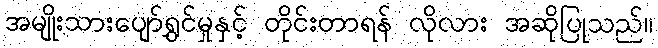
အမျိုးသားပျော်ရွှင်မှုနှင့် တိုင်းတာရန် လိုလား အဆိုပြုသည်။